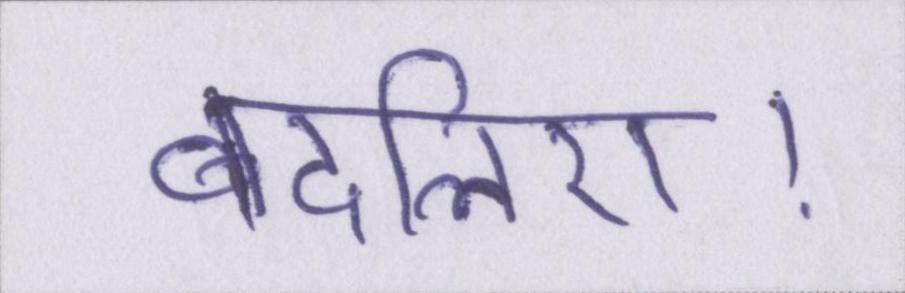
बदलिए।